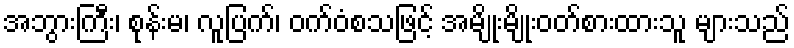
အဘွားကြီး၊ စုန်းမ၊ လူပြက်၊ ဝက်ဝံစသဖြင့် အမျိုးမျိုးဝတ်စားထားသူ များသည်